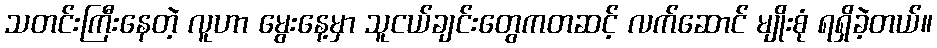
သတင်းကြီးနေတဲ့ လူဟာ မွေးနေ့မှာ သူငယ်ချင်းတွေကတဆင့် လက်ဆောင် မျိုးစုံ ရရှိခဲ့တယ်။